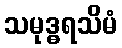
သမုဒ္ဓရသိမံ